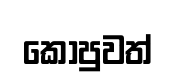
කොපුවත්